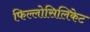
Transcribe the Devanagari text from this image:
फिल्लोसिलिकेट